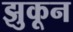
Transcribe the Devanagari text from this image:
झुकून